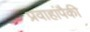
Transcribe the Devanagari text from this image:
प्रवाहांपैकी